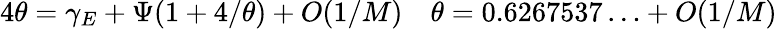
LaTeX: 4\theta=\gamma_{E}+\Psi\! \left(1+4/\theta\right)+O(1/M)\quad\theta=0.6267537\ldots+O(1/M)